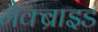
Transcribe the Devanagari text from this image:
मैक्ब्राइड